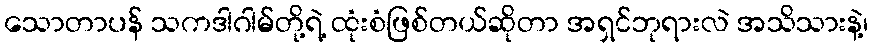
သောတာပန် သကဒါဂါမ်တို့ရဲ့ ထုံးစံဖြစ်တယ်ဆိုတာ အရှင်ဘုရားလဲ အသိသားနဲ့၊